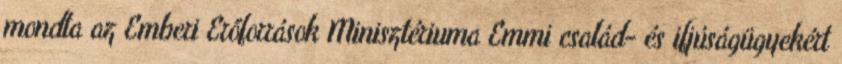
mondta az Emberi Erőforrások Minisztériuma Emmi család- és ifjúságügyekért